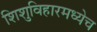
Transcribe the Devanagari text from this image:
शिशुविहारमध्येच